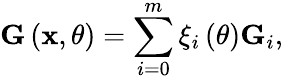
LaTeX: {\mathbf G}\left({\mathbf x},\theta\right)=\sum_{i=0}^{m}\xi_{i}\left(\theta\right){\mathbf G}_{i},